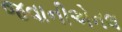
જવાનીએનલ